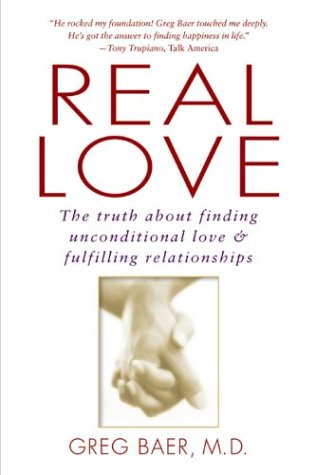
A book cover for Real Love: The Truth About Finding Unconditional Love & Fulfilling Relationships; Greg Baer; Health, Fitness & Dieting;